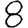
Digit: 8